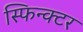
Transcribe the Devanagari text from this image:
स्फिन्क्टर